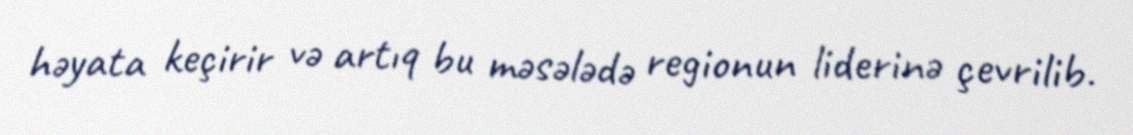
həyata keçirir və artıq bu məsələdə regionun liderinə çevrilib.